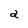
Character: a